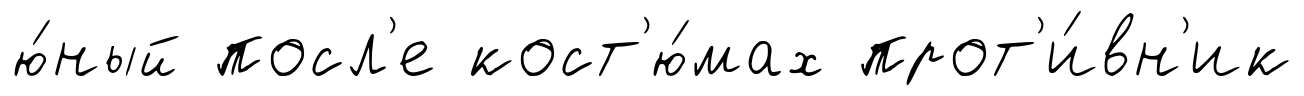
ю́ный посл'е кост'ю́мах прот'и́вн'ик